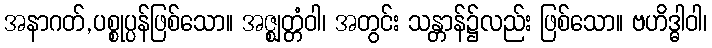
အနာဂတ်,ပစ္စုပ္ပန်ဖြစ်သော။ အဇ္ဈတ္တံဝါ၊ အတွင်း သန္တာန်၌လည်း ဖြစ်သော။ ဗဟိဒ္ဓါဝါ၊